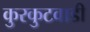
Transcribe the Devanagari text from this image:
कुरकुटवाडी